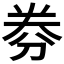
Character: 𠝂